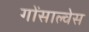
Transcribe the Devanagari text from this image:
गोंसाल्वेस